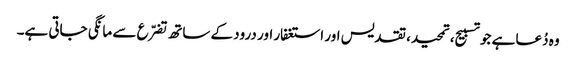
وہ دُعا ہے جو تسبیح، تمحید، تقدیس اور استغفار اور درود کے ساتھ تضرّع سے مانگی جاتی ہے۔